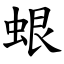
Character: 蛝